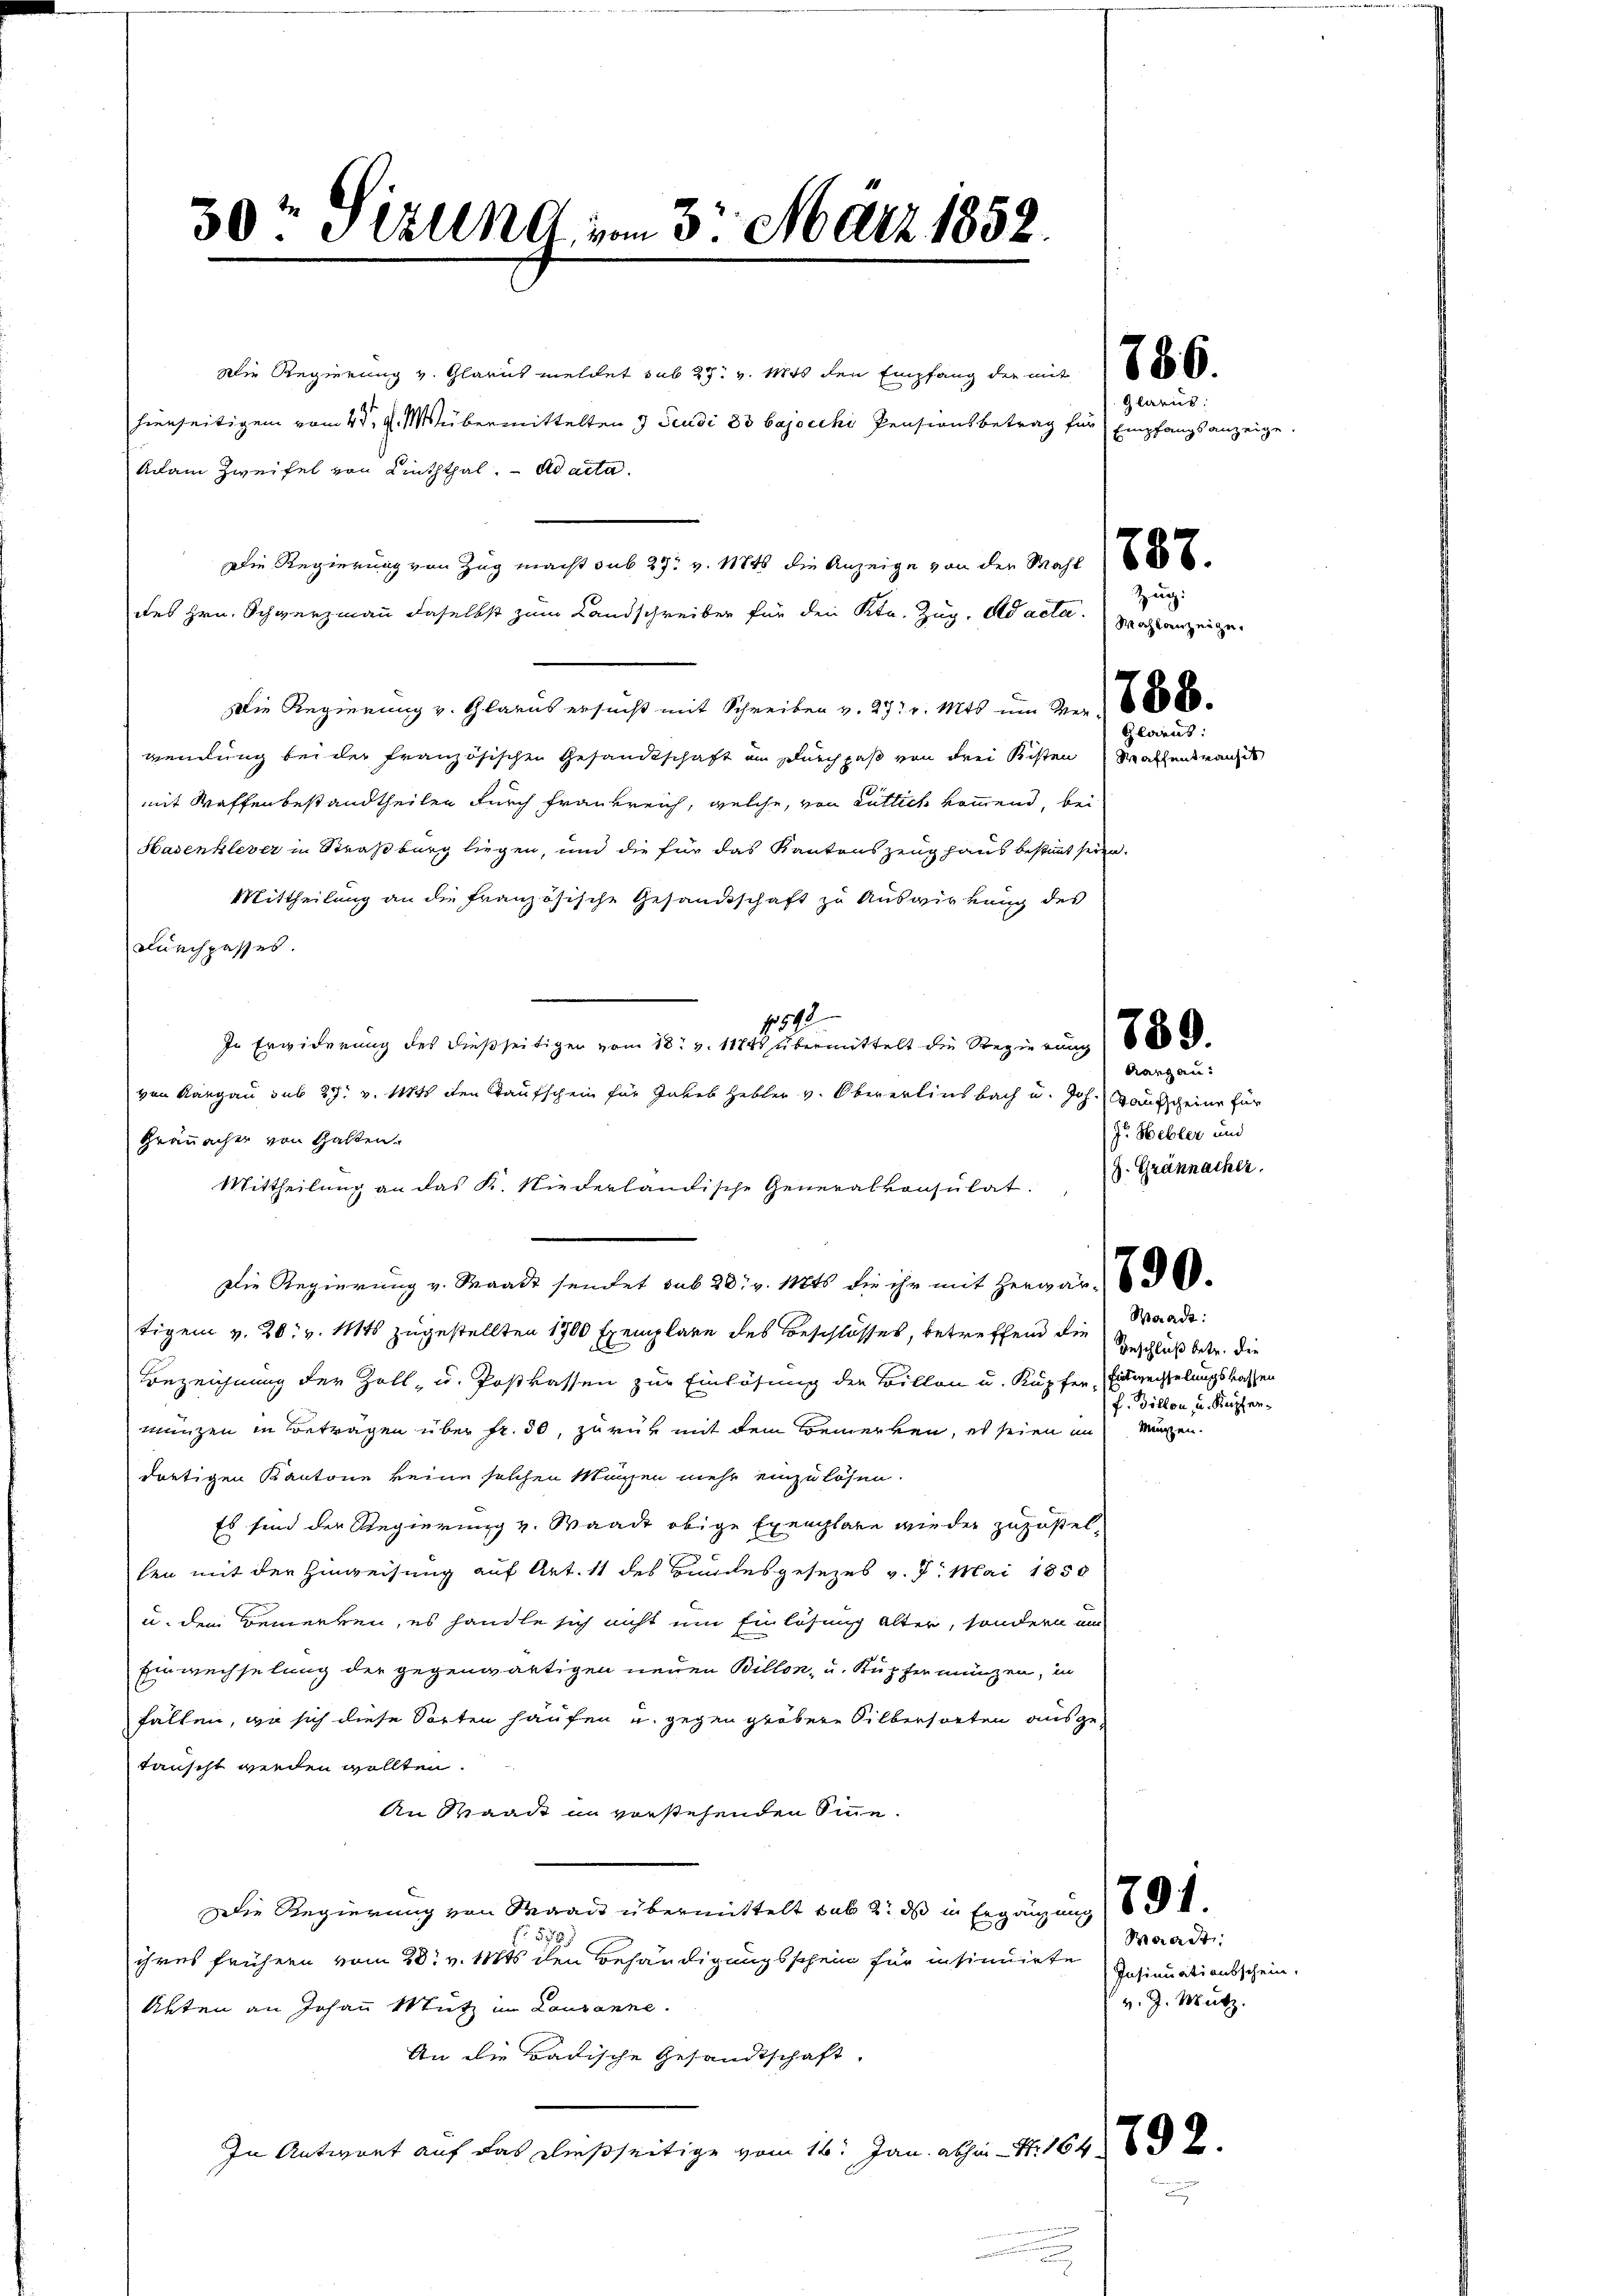
50. Sellnd, vom 3. März 1852.

Die Regierung von Zug macht sub 29. v. 11845 die Anzeige von der Wahl 188

Adam Zweifel von Linththal. ad acta.

Die Regierung v. Glarus meldet sub 27. v. Mts den Empfang der mit
hierseitigem vom 4. 9. Mübermittelten 9 Jeudi 83 bajocchi Pensionsbetrag für Empfangsanzeige
des Hrn. Schwerzmann daselbst zum Landschreiber für den Ktn. Zug, Ad acta. Wahlanzeigen.
Die Regierung v. Glarus ersucht mit Schreiben v. 27. v. Mts. um Ver-
wendung bei der französischen Gesandtschaft an Durchpaß von drei Kisten Wahl
mit Waffenbestandtheilen durch Frankreich, welche, von entlich kommend, bei
Hasenklever in Straßburg liegen, und die für das Kantonszeughaus bestimmt seien.
Mittheilung an die französische Gesandtschaft zu Auswirkung des
Durchpasses.
154
In Erwiderung des dießseitigen vom 18. v. 1184. übermittelt die Regierung (1888.
von Aargau sub 27. v. 1848 den Taufschein für Gabel Hebler v. Obererlinsbach und Joh. Kaufscheine für
Granacher von Gatten.
Mittheilŭng an das K. Niederländische Generalkonsŭlat. 3 Grännacher.
Die Regierung v. Waadt sendet sub 28. v. Mts. die ihr mit Herrard-
tigen v. 20. v. Mts zugestellten 1700 Exemplare des Beschlosses, betreffend die
Bezeichnung der Zoll- u. Postkassen zur Einlösung der Billen u. Kupfer, Einwechselungskassen
münzen in Betragen über Fr. 50, zurück mit dem Bemerken, es seien in
dortigen Kantone keine solchen Magen mehr einzulösen.
Es sind der Regierung v. Waadt obige Exemplare wieder zuzustellen mit der Hinweisung auf Art. 11 des Bundesgesezes v. 7. Mai 1858
u. dem Bemerken, es handle sich nicht um Einlösung alter, sondern um
Einwechselung der gegenwärtigen neuen Billon, u. Kupfer münzen, in
fallen, wo sich diese Sorten haufen u. gegen grobere Silbersorten ausgetauscht werden wollten.
An Waadt in vorstehenden Sinne.
Die Regierung von Maas übermittelt sub 2: ds in Ergänzung d. d.
5
ihres frühern vom 28t v. Mts. den Behändigungsschein für insinuirte
Akten an Johann Mutz im Lausanne.
An die Badische Gesandtschaft,
In Antwort auf das dießseitige vom 16. Jan. abhin 1. 1642.

Glarus:

Zug:

Glo

Aargau:
I. Hebler und

Baract:
Geschluß betr. die
P. Billon, u. Kupfer¬
Meuchen.

Waadt
Insinuationsschein.
v. J. Mütz

8.
aut:
entransit